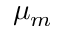
\mu _ { m }